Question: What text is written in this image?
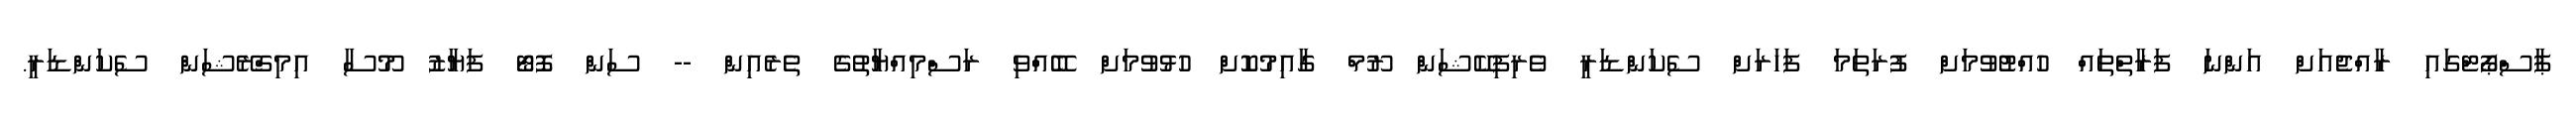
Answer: ޕާސްޕޯޓްގައި ރާއްޖެއަށް އަންނަ ފަރާތްތައް ހުއްޓުވުމަށް ފުރަތަމަ ފަހަރަށް ސެކަންޑަރީ ވެރިފިކޭޝަން ރޫމް ގާއިމުކޮށް ހުޅުވުމަށް ބޭއްްވި ރަސްމިއްޔާތުގެ ތެރެއިން -- ސަން ފޮޓޯ ފަޔާޒު މޫސާ އިމިގްރޭޝަން ސެކަންޑަރީ.